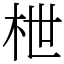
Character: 枻